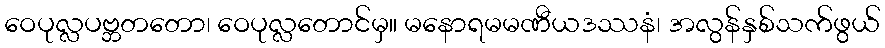
ဝေပုလ္လပဗ္ဘတတော၊ ဝေပုလ္လတောင်မှ။ မနောရမမဏီယဒဿနံ၊ အလွန်နှစ်သက်ဖွယ်